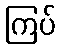
ကြပ်